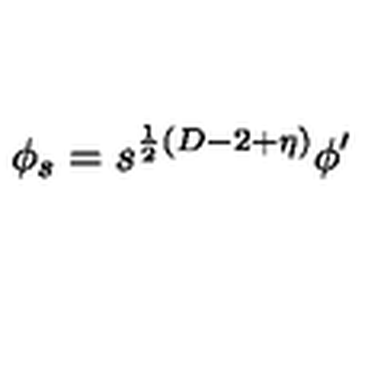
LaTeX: \phi _ { s } = s ^ { \frac { 1 } { 2 } ( D - 2 + \eta ) } \phi ^ { \prime }